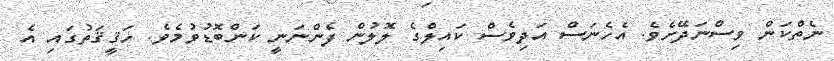
ނެތްކަން ވިސްނަދޭށެވެ. އެހެނަސް އަދިވެސް ކައިލްގެ ލޮލުން ފެންނަނީ ކަންބޮޑުވުމެވެ. ހަޤީޤަތުގައި އެ